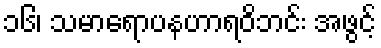
၁၆၊ သမာရောပနဟာရဝိဘင်း အဖွင့်